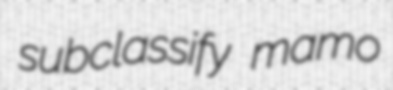
subclassify mamo